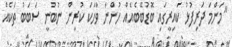
"މަންމަ ދަރިފުޅު ކައިރީގައި ބޮޑުބޭބެއެއް ހުންނަ ވާހަކަ ކުރިން ނުބުނީ ސަބަބު ތަކެއް